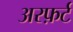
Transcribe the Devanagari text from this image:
अरफ़र्ट